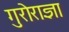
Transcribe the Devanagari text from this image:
गुरोराज्ञा